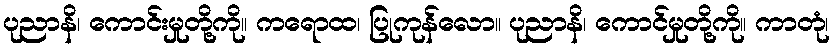
ပုညာနိ၊ ကောင်းမှုတို့ကို။ ကရောထ၊ ပြုကုန်လော။ ပုညာနိ၊ ကောင်မှုတို့ကို။ ကာတုံ၊